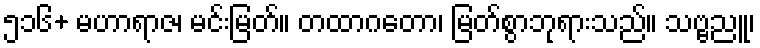
၅၁၆+ မဟာရာဇ၊ မင်းမြတ်။ တထာဂတော၊ မြတ်စွာဘုရားသည်။ သဗ္ဗညူ၊